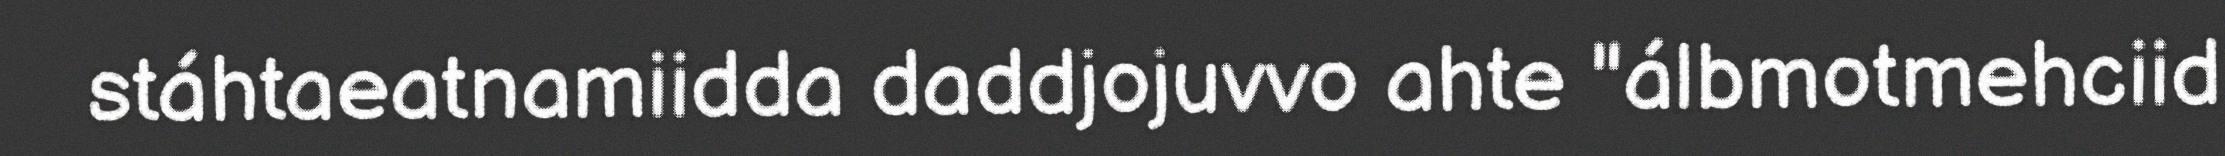
stáhtaeatnamiidda daddjojuvvo ahte "álbmotmehciid